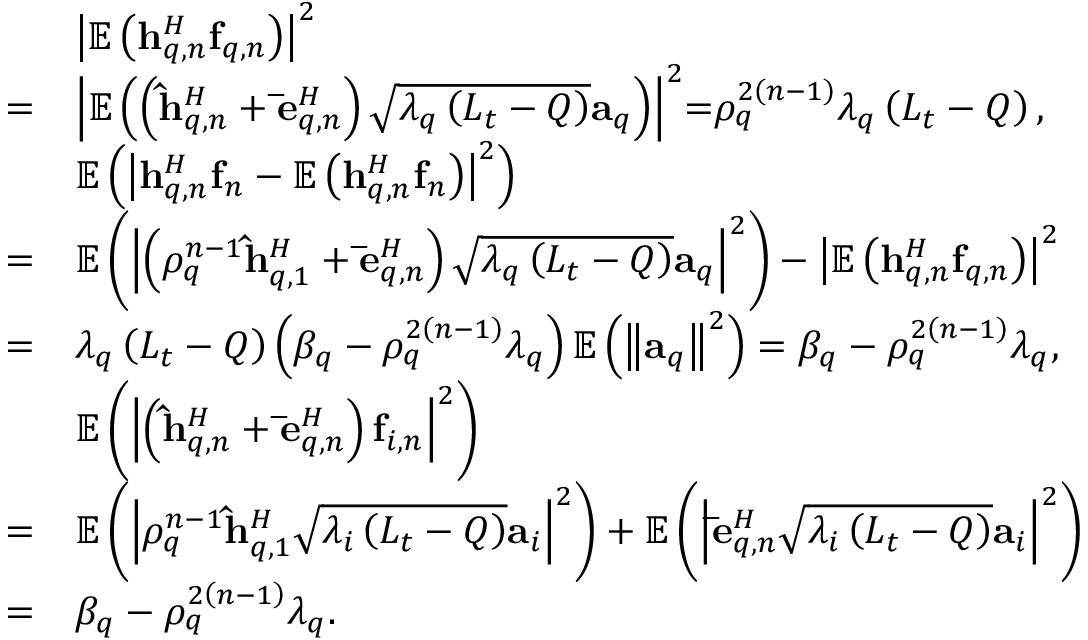
\begin{array} { r l } & { { \left| { { \mathbb E } \left( { { \bf { h } } _ { q , n } ^ { H } { { \bf { f } } _ { q , n } } } \right) } \right| ^ { 2 } } } \\ { = } & { { \left| { { \mathbb E } \left( { \left( { { \bf { \hat { h } } } _ { q , n } ^ { H } + { \bf { \bar { e } } } _ { q , n } ^ { H } } \right) \sqrt { { \lambda _ { q } } \left( { { L _ { t } } - Q } \right) } { { \bf { a } } _ { q } } } \right) } \right| ^ { 2 } } \mathrm { { = } } { \rho _ { q } ^ { 2 \left( { n - 1 } \right) } } { \lambda _ { q } } \left( { { L _ { t } } - Q } \right) , } \\ & { { \mathbb E } \left( { { { \left| { { \bf { h } } _ { q , n } ^ { H } { { \bf { f } } _ { n } } - { \mathbb E } \left( { { \bf { h } } _ { q , n } ^ { H } { { \bf { f } } _ { n } } } \right) } \right| } ^ { 2 } } } \right) } \\ { = } & { { \mathbb E } \left( { { { \left| { \left( { { \rho _ { q } ^ { n - 1 } } { \bf { \hat { h } } } _ { q , 1 } ^ { H } + { \bf { \bar { e } } } _ { q , n } ^ { H } } \right) \sqrt { { \lambda _ { q } } \left( { { L _ { t } } - Q } \right) } { { \bf { a } } _ { q } } } \right| } ^ { 2 } } } \right) - { \left| { { \mathbb E } \left( { { \bf { h } } _ { q , n } ^ { H } { { \bf { f } } _ { q , n } } } \right) } \right| ^ { 2 } } } \\ { = } & { { \lambda _ { q } } \left( { { L _ { t } } - Q } \right) \left( { { \beta _ { q } } - { \rho _ { q } ^ { 2 \left( { n - 1 } \right) } } { \lambda _ { q } } } \right) { \mathbb E } \left( { { { \left\| { { { \bf { a } } _ { q } } } \right\| } ^ { 2 } } } \right) = { { \beta _ { q } } - { \rho _ { q } ^ { 2 \left( { n - 1 } \right) } } { \lambda _ { q } } } , } \\ & { { \mathbb E } \left( { { { \left| { \left( { { \bf { \hat { h } } } _ { q , n } ^ { H } + { \bf { \bar { e } } } _ { q , n } ^ { H } } \right) { { \bf { f } } _ { i , n } } } \right| } ^ { 2 } } } \right) } \\ { = } & { { \mathbb E } \left( { { { \left| { { \rho _ { q } ^ { n - 1 } } { \bf { \hat { h } } } _ { q , 1 } ^ { H } \sqrt { { \lambda _ { i } } \left( { { L _ { t } } - Q } \right) } { { \bf { a } } _ { i } } } \right| } ^ { 2 } } } \right) + { \mathbb E } \left( { { { \left| { { \bf { \bar { e } } } _ { q , n } ^ { H } \sqrt { { \lambda _ { i } } \left( { { L _ { t } } - Q } \right) } { { \bf { a } } _ { i } } } \right| } ^ { 2 } } } \right) } \\ { = } & { { { \beta _ { q } } - { \rho _ { q } ^ { 2 \left( { n - 1 } \right) } } { \lambda _ { q } } } . } \end{array}